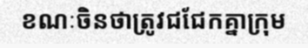
ខណៈចិនថាត្រូវជជែកគ្នាក្រុម